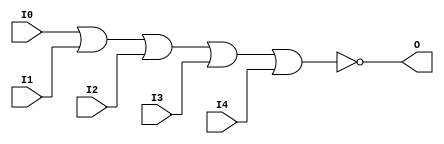
// $Header: /devl/xcs/repo/env/Databases/CAEInterfaces/verunilibs/s/NOR5.v,v 1.8.22.1 2003/11/18 20:41:37 wloo Exp $

/*

FUNCTION	: 5-INPUT NOR GATE

*/

`timescale  100 ps / 10 ps


module NOR5 (O, I0, I1, I2, I3, I4);

    output O;

    input  I0, I1, I2, I3, I4;

    nor O1 (O, I0, I1, I2, I3, I4);

    specify
	(I0 *> O) = (0, 0);
	(I1 *> O) = (0, 0);
	(I2 *> O) = (0, 0);
	(I3 *> O) = (0, 0);
	(I4 *> O) = (0, 0);
    endspecify

endmodule